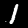
Label: 1